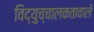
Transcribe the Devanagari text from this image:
विद्युच्चालकतावाले